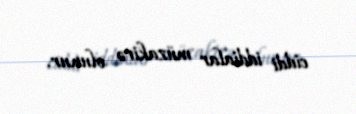
ciddi iddialar müzakirə olunur.